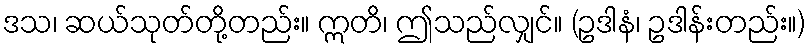
ဒသ၊ ဆယ်သုတ်တို့တည်း။ ဣတိ၊ ဤသည်လျှင်။ (ဥဒါနံ၊ ဥဒါန်းတည်း။)